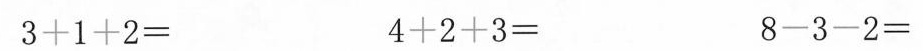
3+1+2= 4+2+3= 8-3-2=